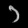
Digit: ၁